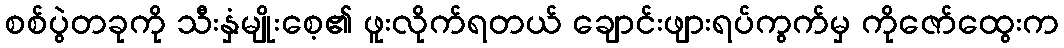
စစ်ပွဲတခုကို သီးနှံမျိုးစေ့၏ ဖူးလိုက်ရတယ် ချောင်းဖျားရပ်ကွက်မှ ကိုဇော်ထွေးက